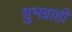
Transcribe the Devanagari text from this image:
शुभग्राही